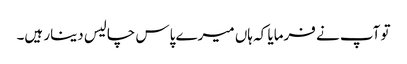
تو آپ نے فرمایا کہ ہاں میرے پاس چالیس دینار ہیں۔